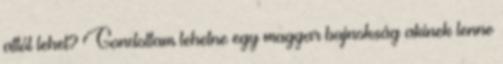
attól lehet? Gondoltam lehetne egy magyar bajnokság akinek lenne